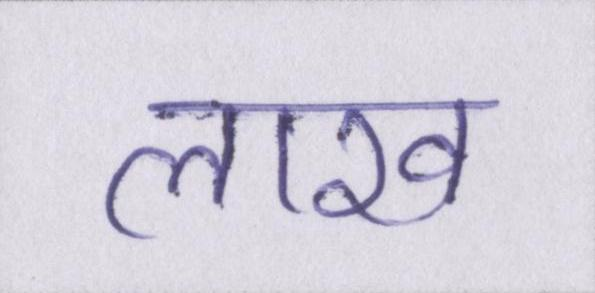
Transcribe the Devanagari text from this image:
लाख